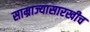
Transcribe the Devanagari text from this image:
साम्राज्यासारखीच